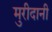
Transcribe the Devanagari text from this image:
मुरीदानी